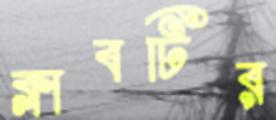
ক্লাবটির